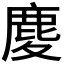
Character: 𪊎